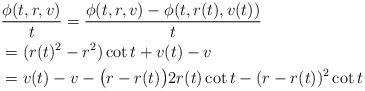
LaTeX: \begin{align*}&\frac{\phi(t,r,v)}{t}=\frac{\phi(t,r,v)-\phi(t, r(t),v(t))}{t}\\&=(r(t)^2-r^2) \cot t +v(t)-v\\&= v(t)-v -\big(r-r(t)\big) 2 r(t) \cot t-(r-r(t))^2 \cot t\end{align*}